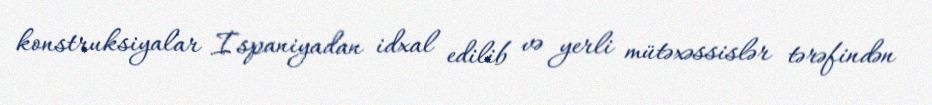
konstruksiyalar İspaniyadan idxal edilib və yerli mütəxəssislər tərəfindən